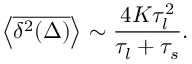
\left< \overline { { \delta ^ { 2 } ( \Delta ) } } \right> \sim \frac { 4 K \tau _ { l } ^ { 2 } } { \tau _ { l } + \tau _ { s } } .